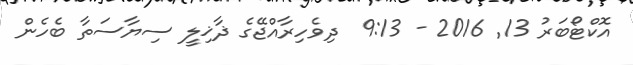
އޮކްޓޯބަރު 13